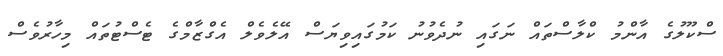
ސްކޫލުގެ އާންމު ކްލާސްތައް ނަގައި ނުދެވުނު ކަމުގައިވިޔަސް އޭލެވެލް އެގްޒާމްގެ ޓެސްޓުތައް މިހާރުވެސް